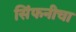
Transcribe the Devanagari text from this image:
सिंफनीचा